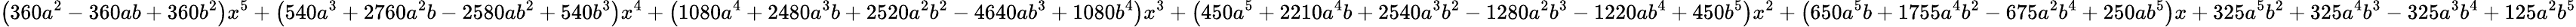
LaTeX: \left(360a^{2}-360ab+360b^{2}\right)x^{5}+\left(540a^{3}+2760a^{2}b-2580ab^{2}+540b^{3}\right)x^{4}+\left(1080a^{4}+2480a^{3}b+2520a^{2}b^{2}-4640ab^{3}+1080b^{4}\right)x^{3}+\left(450a^{5}+2210a^{4}b+2540a^{3}b^{2}-1280a^{2}b^{3}-1220ab^{4}+450b^{5}\right)x^{2}+\left(650a^{5}b+1755a^{4}b^{2}-675a^{2}b^{4}+250ab^{5}\right)x+325a^{5}b^{2}+325a^{4}b^{3}-325a^{3}b^{4}+125a^{2}b^{5}